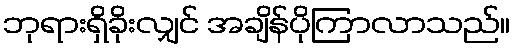
ဘုရားရှိခိုးလျှင် အချိန်ပိုကြာလာသည်။